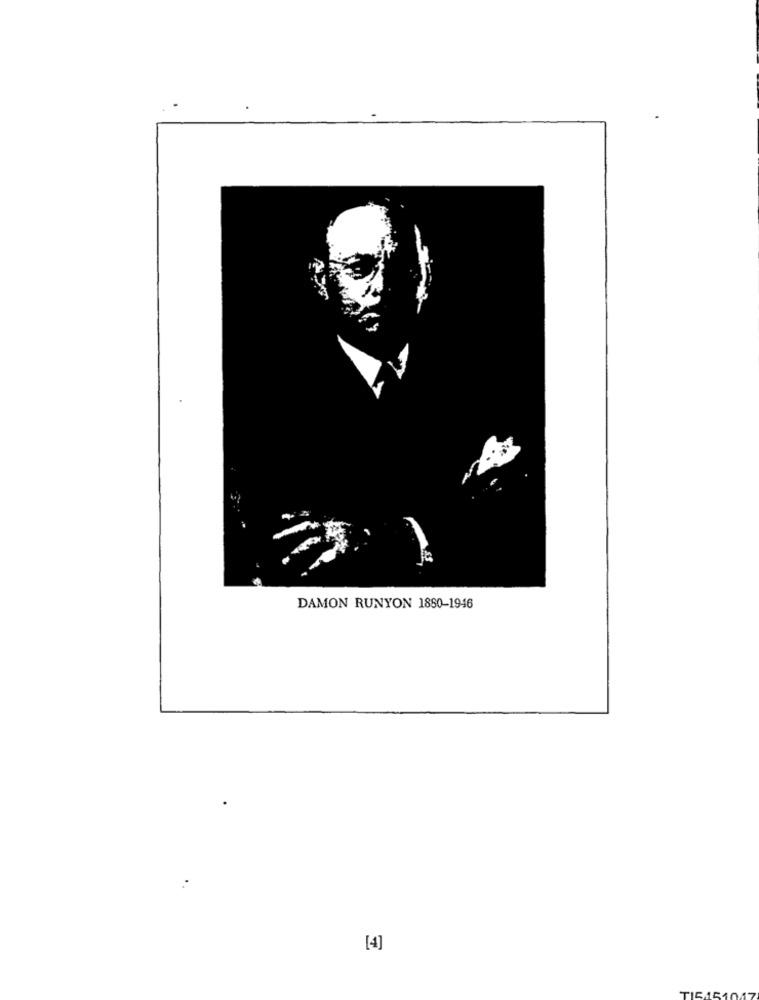
DAMON RUNYON 1880-1946
[4]